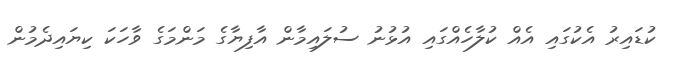
ކުޑައިރު އެކުގައި އެއް ކުލާހެއްގައި އުޅުނު ސުލައިމާން އާފިޔާގެ މަންމަގެ ވާހަކަ ކިޔައިދެމުން